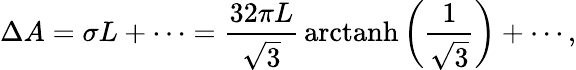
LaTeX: \Delta A=\sigma L+\cdots=\frac{32\pi L}{\sqrt{3}}\, \mathrm{arctanh}\left(\frac{1}{\sqrt{3}}\right)+\cdots,